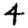
Digit: 4